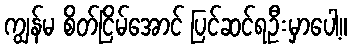
ကျွန်မ စိတ်ငြိမ်အောင် ပြင်ဆင်ရဦးမှာပေါ့။